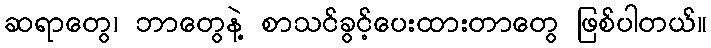
ဆရာတွေ၊ ဘာတွေနဲ့ စာသင်ခွင့်ပေးထားတာတွေ ဖြစ်ပါတယ်။